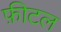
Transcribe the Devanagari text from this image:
फ़ीटल